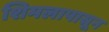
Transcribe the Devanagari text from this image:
शिमलापासून